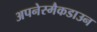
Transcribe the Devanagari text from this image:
अपनेस्मैकडाउन